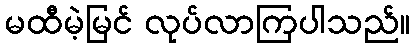
မထီမဲ့မြင် လုပ်လာကြပါသည်။